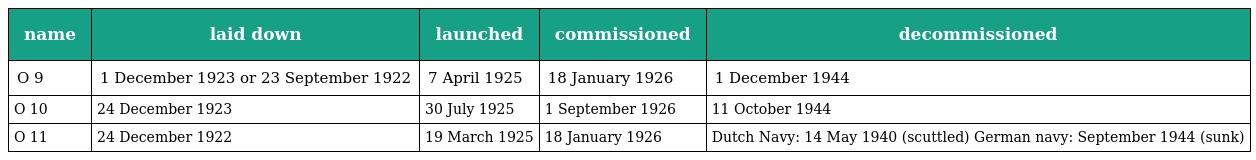
| name | laid down | launched | commissioned | decommissioned |
 | --- | --- | --- | --- | --- |
 | O 9 | 1 December 1923 or 23 September 1922 | 7 April 1925 | 18 January 1926 | 1 December 1944 |
 | O 10 | 24 December 1923 | 30 July 1925 | 1 September 1926 | 11 October 1944 |
 | O 11 | 24 December 1922 | 19 March 1925 | 18 January 1926 | Dutch Navy: 14 May 1940 (scuttled) German navy: September 1944 (sunk) |